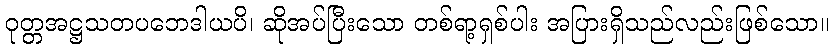
ဝုတ္တအဋ္ဌသတပဘေဒါယပိ၊ ဆိုအပ်ပြီးသော တစ်ရာ့ရှစ်ပါး အပြားရှိသည်လည်းဖြစ်သော။